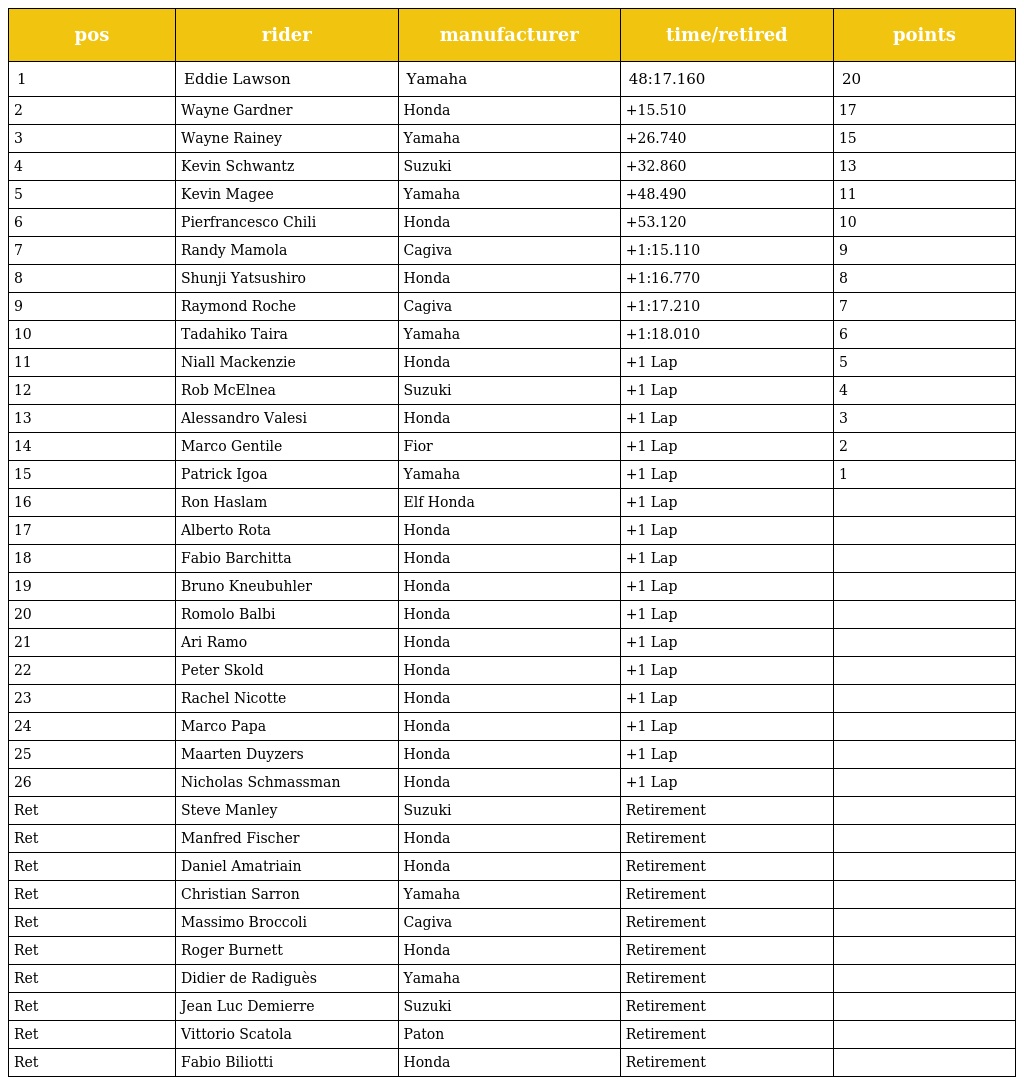
| pos | rider | manufacturer | time/retired | points |
 | --- | --- | --- | --- | --- |
 | 1 | Eddie Lawson | Yamaha | 48:17.160 | 20 |
 | 2 | Wayne Gardner | Honda | +15.510 | 17 |
 | 3 | Wayne Rainey | Yamaha | +26.740 | 15 |
 | 4 | Kevin Schwantz | Suzuki | +32.860 | 13 |
 | 5 | Kevin Magee | Yamaha | +48.490 | 11 |
 | 6 | Pierfrancesco Chili | Honda | +53.120 | 10 |
 | 7 | Randy Mamola | Cagiva | +1:15.110 | 9 |
 | 8 | Shunji Yatsushiro | Honda | +1:16.770 | 8 |
 | 9 | Raymond Roche | Cagiva | +1:17.210 | 7 |
 | 10 | Tadahiko Taira | Yamaha | +1:18.010 | 6 |
 | 11 | Niall Mackenzie | Honda | +1 Lap | 5 |
 | 12 | Rob McElnea | Suzuki | +1 Lap | 4 |
 | 13 | Alessandro Valesi | Honda | +1 Lap | 3 |
 | 14 | Marco Gentile | Fior | +1 Lap | 2 |
 | 15 | Patrick Igoa | Yamaha | +1 Lap | 1 |
 | 16 | Ron Haslam | Elf Honda | +1 Lap |  |
 | 17 | Alberto Rota | Honda | +1 Lap |  |
 | 18 | Fabio Barchitta | Honda | +1 Lap |  |
 | 19 | Bruno Kneubuhler | Honda | +1 Lap |  |
 | 20 | Romolo Balbi | Honda | +1 Lap |  |
 | 21 | Ari Ramo | Honda | +1 Lap |  |
 | 22 | Peter Skold | Honda | +1 Lap |  |
 | 23 | Rachel Nicotte | Honda | +1 Lap |  |
 | 24 | Marco Papa | Honda | +1 Lap |  |
 | 25 | Maarten Duyzers | Honda | +1 Lap |  |
 | 26 | Nicholas Schmassman | Honda | +1 Lap |  |
 | Ret | Steve Manley | Suzuki | Retirement |  |
 | Ret | Manfred Fischer | Honda | Retirement |  |
 | Ret | Daniel Amatriain | Honda | Retirement |  |
 | Ret | Christian Sarron | Yamaha | Retirement |  |
 | Ret | Massimo Broccoli | Cagiva | Retirement |  |
 | Ret | Roger Burnett | Honda | Retirement |  |
 | Ret | Didier de Radiguès | Yamaha | Retirement |  |
 | Ret | Jean Luc Demierre | Suzuki | Retirement |  |
 | Ret | Vittorio Scatola | Paton | Retirement |  |
 | Ret | Fabio Biliotti | Honda | Retirement |  |